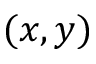
( x , y )